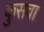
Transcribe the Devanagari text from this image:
कुसवा